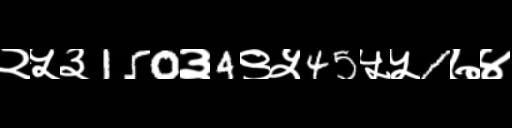
Text: २५३150३4९५45५५1७४